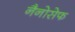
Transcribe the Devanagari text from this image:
नैनोसेफ